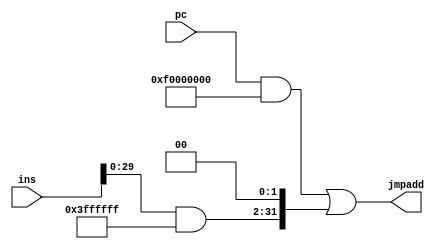
module jumpcontrol(pc,ins,jmpadd);

	input [31:0]pc,ins;
	output reg [31:0]jmpadd;
	parameter s0=32'b00000011111111111111111111111111,s1=32'b11110000000000000000000000000000; // s0 mask of ins, s1 mask of pc
	//input [5:0]pc,ins;
	//output reg [5:0]jmpadd;
	//parameter s0=6'b000011,s1=6'b110000; // s0 mask of ins, s1 mask of pc
	reg [31:0]pc1,ins1;
	
	always@(*)
	begin
	ins1= ins&s0 ;
	ins1=ins1<<2;    ////{ins1[29:0],2'b00};       /////ins1<<2;
	pc1 = pc & s1;
	
	jmpadd=pc1 | ins1;
	end
endmodule